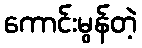
ကောင်းမွန်တဲ့